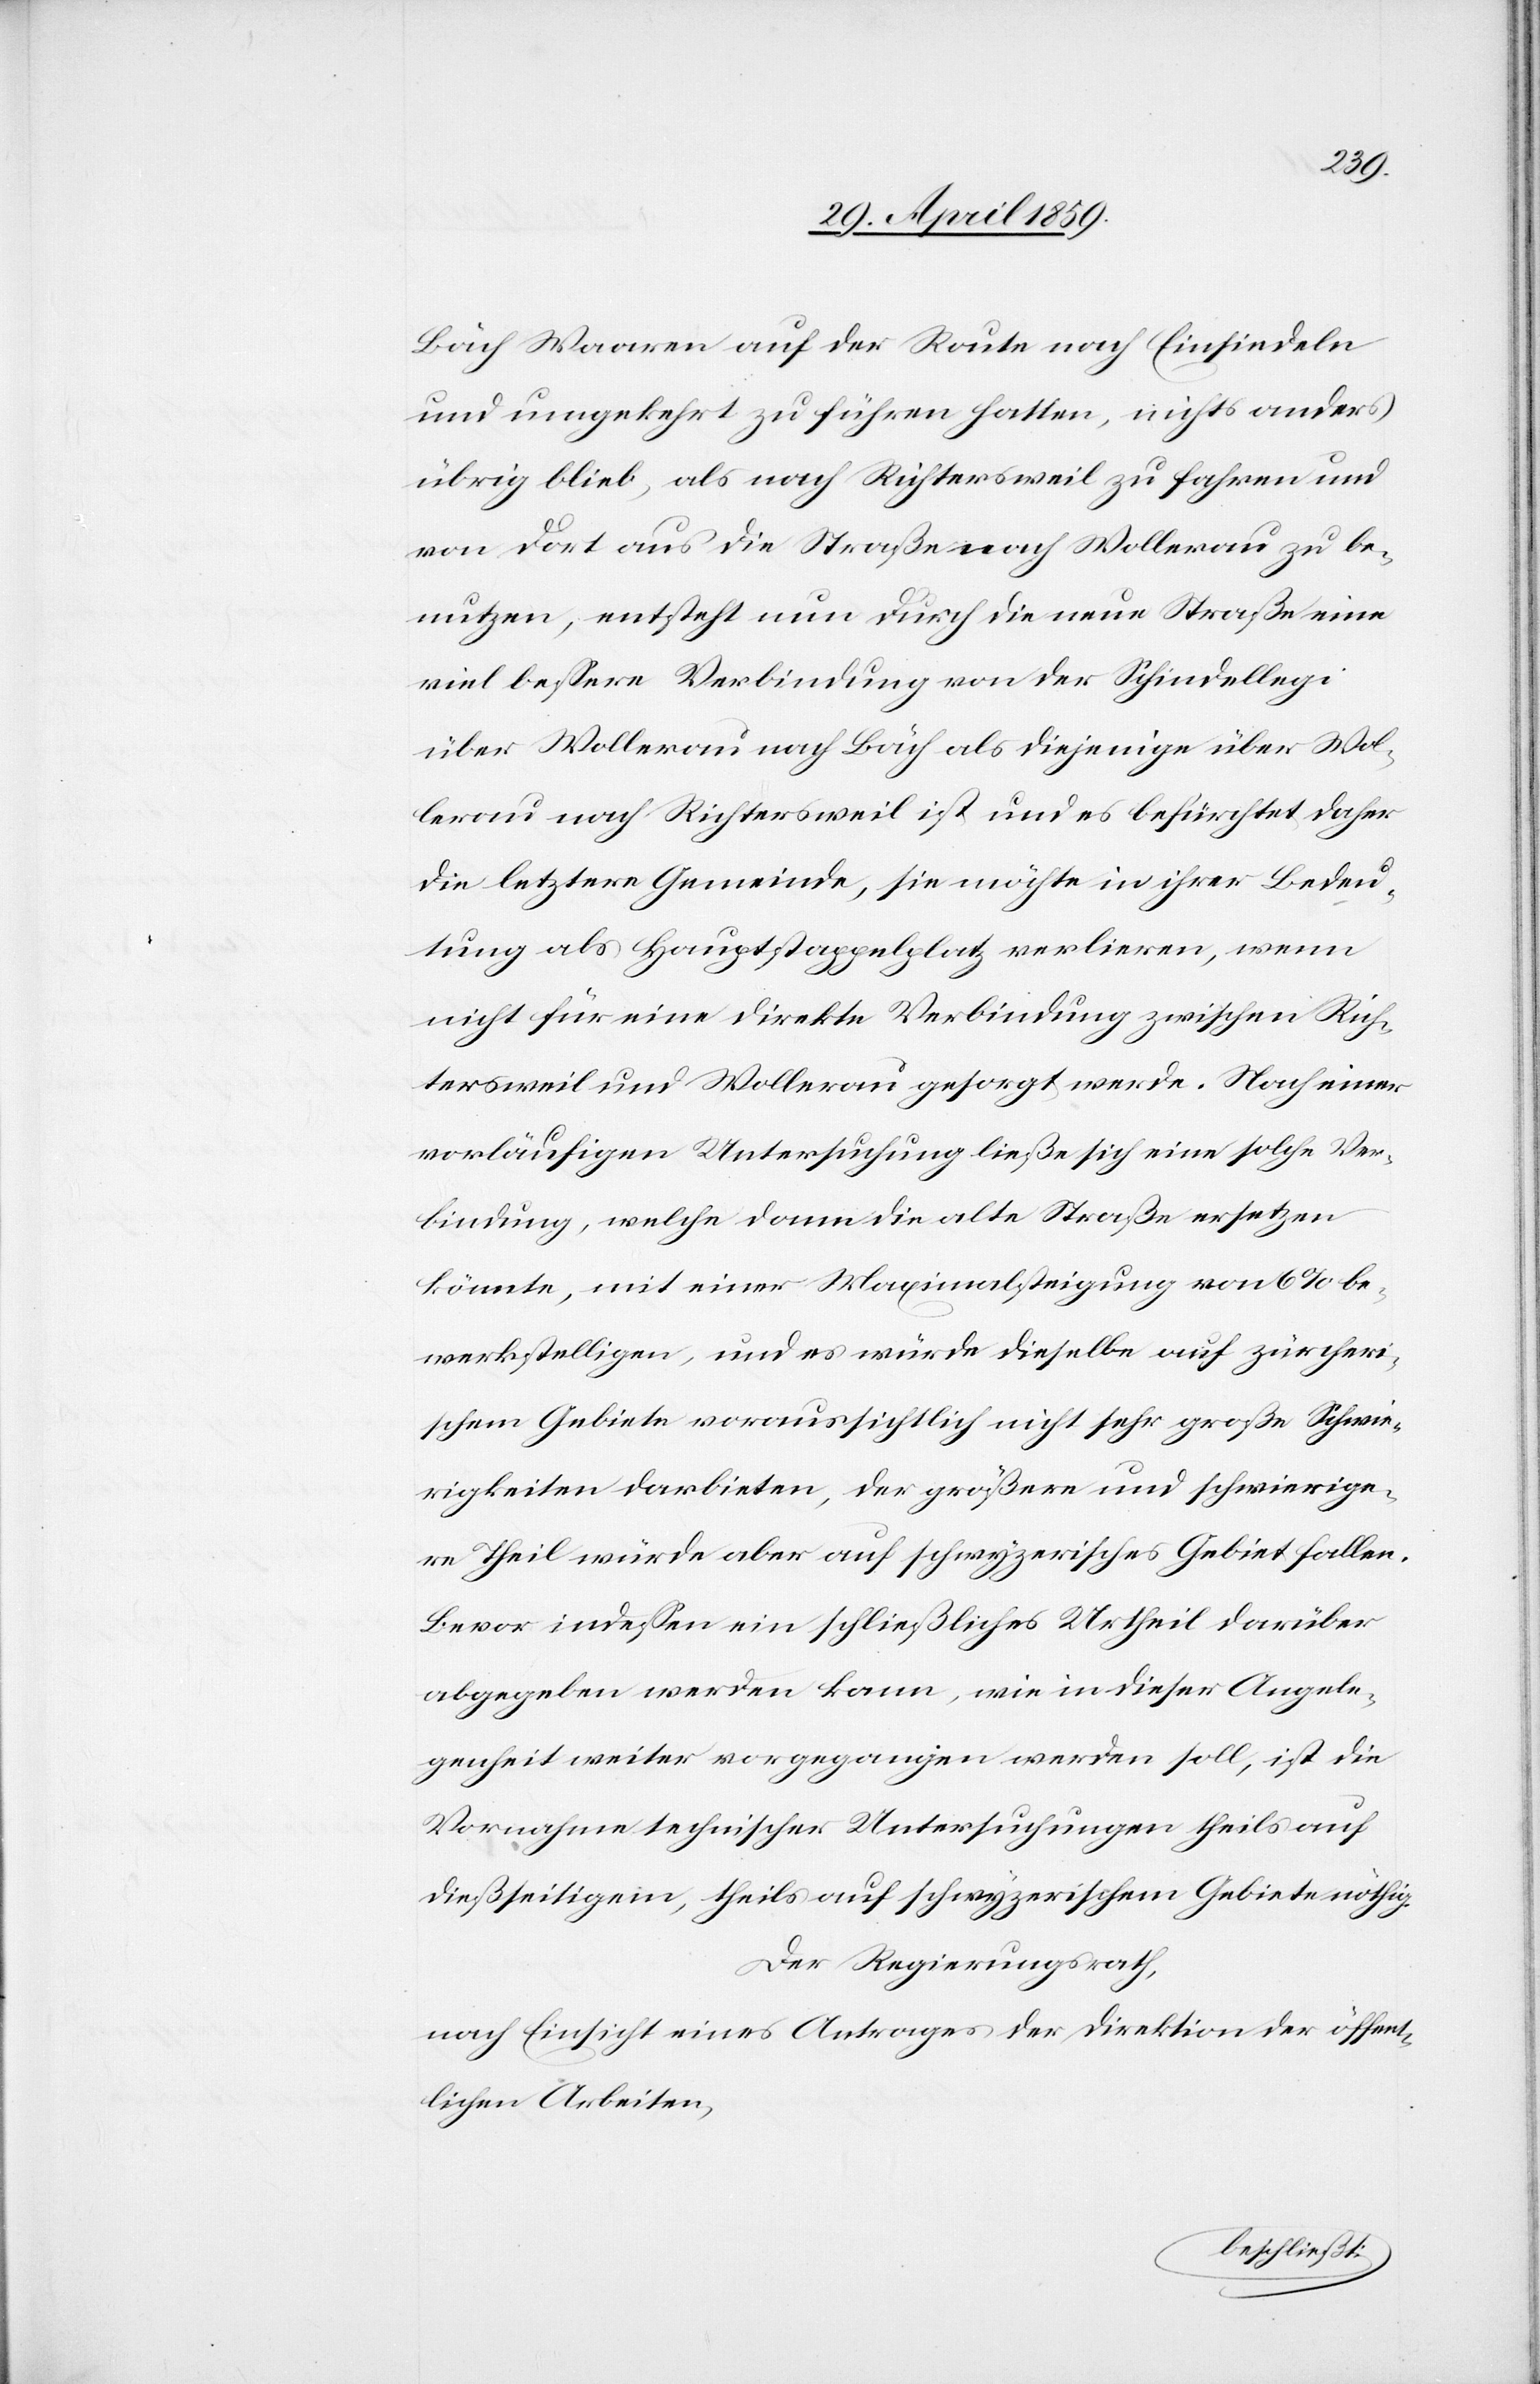
Bäch Waaren auf der Route nach Einsiedeln
und umgekehrt zu führen hatten, nichts anders
übrig blieb, als nach Richtersweil zu fahren und
von dort aus die Straße nach Wollerau zu be¬
nutzen, entsteht nun durch die neue Straße eine
viel beßere Verbindung von der Schindellegi
über Wollerau nach Bäch als diejenige über Wol¬
lerau nach Richtersweil ist und es befürchtet daher
die letztere Gemeinde, sie möchte in ihrer Bedeu¬
tung als Hauptstappelplatz verlieren, wenn
nicht für eine direkte Verbindung zwischen Rich¬
tersweil und Wollerau gesorgt werde. Nach einer
vorläufigen Untersuchung ließe sich eine solche Ver¬
bindung, welche dann die alte Straße ersetzen
könnte, mit einer Maximalsteigung von 6% be¬
werkstelligen, und es würde dieselbe auf zürcheri¬
schem Gebiete voraussichtlich nicht sehr große Schwie¬
rigkeiten darbieten, der größere und schwierige¬
re Theil würde aber auf schwyzerisches Gebiet fallen.
Bevor indeßen ein schließliches Urtheil darüber
abgegeben werden kann, wie in dieser Angele¬
genheit weiter vorgegangen werden soll, ist die
Vornahme technischer Untersuchungen theils auf
dießseitigem, theils auf schwyzerischem Gebiete nöthig.
Der Regierungsrath,
nach Einsicht eines Antrages der Direktion der öffent¬
lichen Arbeiten,